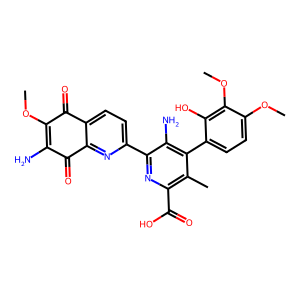
SMILES: COC1=C(N)C(=O)c2nc(-c3nc(C(=O)O)c(C)c(-c4ccc(OC)c(OC)c4O)c3N)ccc2C1=O
Inhibits HIV replication: No